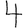
Digit: 4